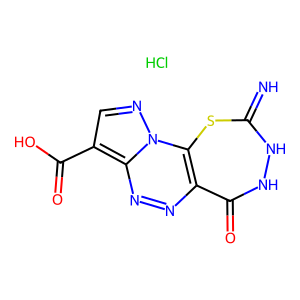
SMILES: Cl.N=C1NNC(=O)c2nnc3c(C(=O)O)cnn3c2S1
Inhibits HIV replication: No